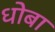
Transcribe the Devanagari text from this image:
धोबा